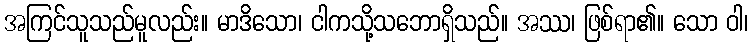
အကြင်သူသည်မူလည်း။ မာဒိသော၊ ငါကသို့သဘောရှိသည်။ အဿ၊ ဖြစ်ရာ၏။ သော ဝါ၊